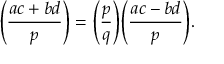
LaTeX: { \Bigg ( } { \frac { a c + b d } { p } } { \Bigg ) } = { \Bigg ( } { \frac { p } { q } } { \Bigg ) } { \Bigg ( } { \frac { a c - b d } { p } } { \Bigg ) } .